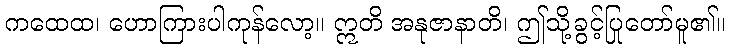
ကထေထ၊ ဟောကြားပါကုန်လော့။ ဣတိ အနုဇာနာတိ၊ ဤသို့ခွင့်ပြုတော်မူ၏။